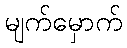
မျက်မှောက်